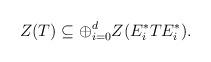
LaTeX: \begin{align*}Z(T) \subseteq \oplus_{i=0}^d Z(E_i^* T E_i^*).\end{align*}